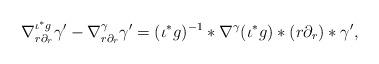
LaTeX: \begin{align*} \nabla^{\iota^* g}_{ r \partial_r} \gamma' -\nabla^{\gamma}_{ r \partial_r} \gamma' = (\iota^* g)^{-1} * \nabla^\gamma (\iota^* g) * (r\partial_r) * \gamma', \end{align*}